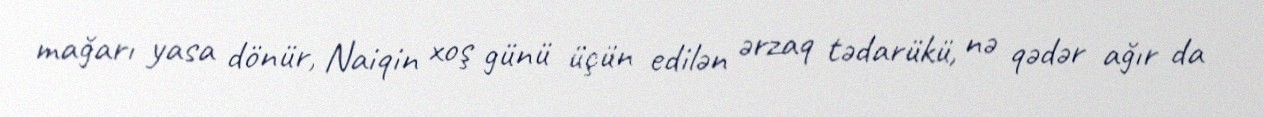
mağarı yasa dönür, Naiqin xoş günü üçün edilən ərzaq tədarükü, nə qədər ağır da